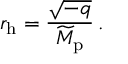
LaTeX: r _ { \mathrm { h } } = { \frac { \sqrt { - q } } { \widetilde { M } _ { \mathrm { p } } } } \, .